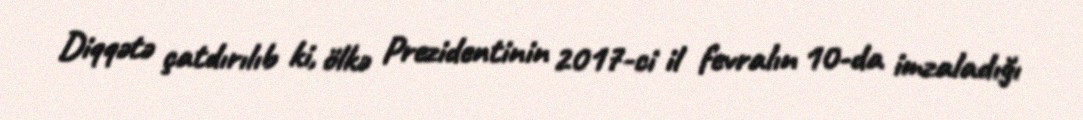
Diqqətə çatdırılıb ki, ölkə Prezidentinin 2017-ci il fevralın 10-da imzaladığı